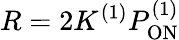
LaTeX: R=2K^{(1)}P_{\mathrm{ON}}^{(1)}